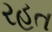
રહત